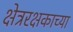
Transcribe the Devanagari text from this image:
क्षेत्ररक्षकाच्या